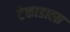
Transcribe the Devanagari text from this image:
टेकाडाला